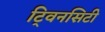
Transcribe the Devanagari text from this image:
टि्वनसिटी